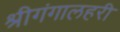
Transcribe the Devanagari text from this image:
श्रीगंगालहरी